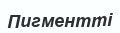
Пигментті